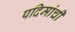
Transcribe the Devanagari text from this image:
पदिमांची